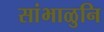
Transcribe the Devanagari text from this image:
सांभाळुनि